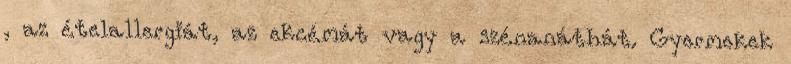
, az ételallergiát, az ekcémát vagy a szénanáthát. Gyermekek